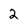
Character: 2